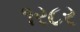
૧ર૮ર